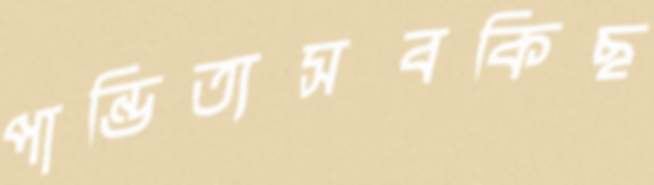
পান্ডিত্যসবকিছ